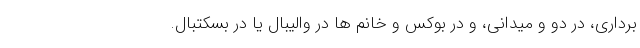
برداری، در دو و میدانی، و در بوکس و خانم ها در والیبال یا در بسکتبال‌.